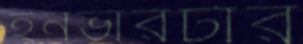
ইনভারটার